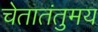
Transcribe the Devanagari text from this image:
चेतातंतुमय